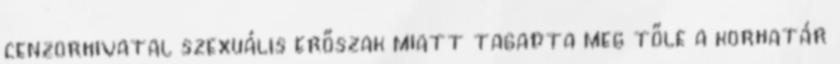
cenzorhivatal szexuális erőszak miatt tagadta meg tőle a korhatár